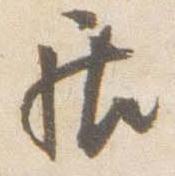
居